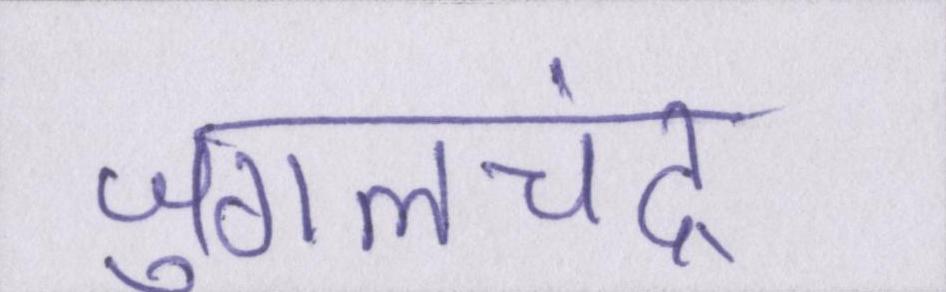
जुगलचंद्र